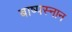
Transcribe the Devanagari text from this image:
बाष्पस्नान